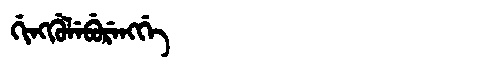
Manchu: ᡤᡳᠩᡤᡠᠯᡝᠪᡠᡵᡝᠩᡤᡝ
Romanization: GINGGULEBURENGGE